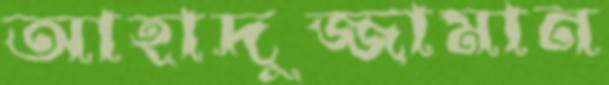
আহাদুজ্জামান